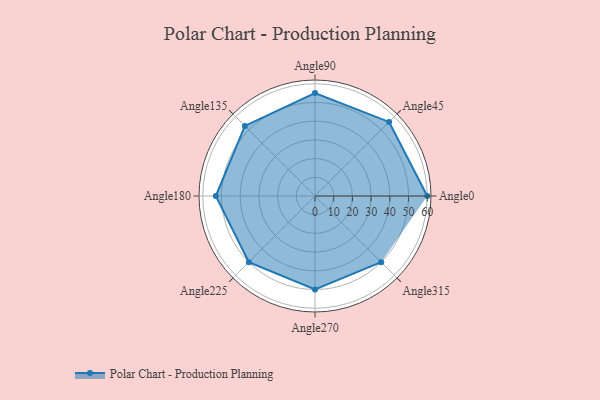
{"axis": {"x": "Angle", "y": "Radius"}, "legend": [""], "data": [{"x": "Angle0", "y": 60.0, "type": ""}, {"x": "Angle45", "y": 56.0, "type": ""}, {"x": "Angle90", "y": 55.0, "type": ""}, {"x": "Angle135", "y": 53.0, "type": ""}, {"x": "Angle180", "y": 53.0, "type": ""}, {"x": "Angle225", "y": 50, "type": ""}, {"x": "Angle270", "y": 50, "type": ""}, {"x": "Angle315", "y": 50, "type": ""}]}